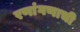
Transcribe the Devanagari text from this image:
रणांगणाची